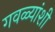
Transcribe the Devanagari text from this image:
गवळ्यांशी